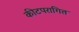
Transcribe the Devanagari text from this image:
कीटपरागित